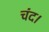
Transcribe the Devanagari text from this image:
चंद।